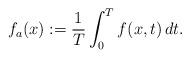
LaTeX: \begin{align*}f_a(x) := \dfrac{1}{T} \int_{0}^{T} f(x,t)\,dt.\end{align*}